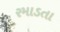
રમાડતા